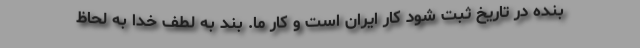
بنده در تاریخ ثبت شود کار ایران است و کار ما. بند به لطف خدا به لحاظ